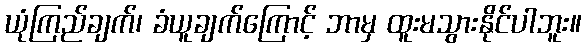
ယုံကြည်ချက်၊ ခံယူချက်ကြောင့် ဘာမှ ထူးမသွားနိုင်ပါဘူး။